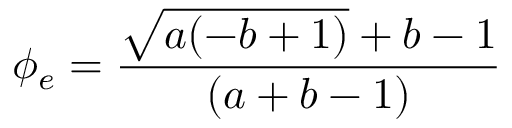
\phi _ { e } = { \frac { { \sqrt { a ( - b + 1 ) } } + b - 1 } { ( a + b - 1 ) } }